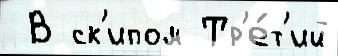
 В ск'ипом Тр'е́т'ий